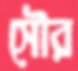
সৌর